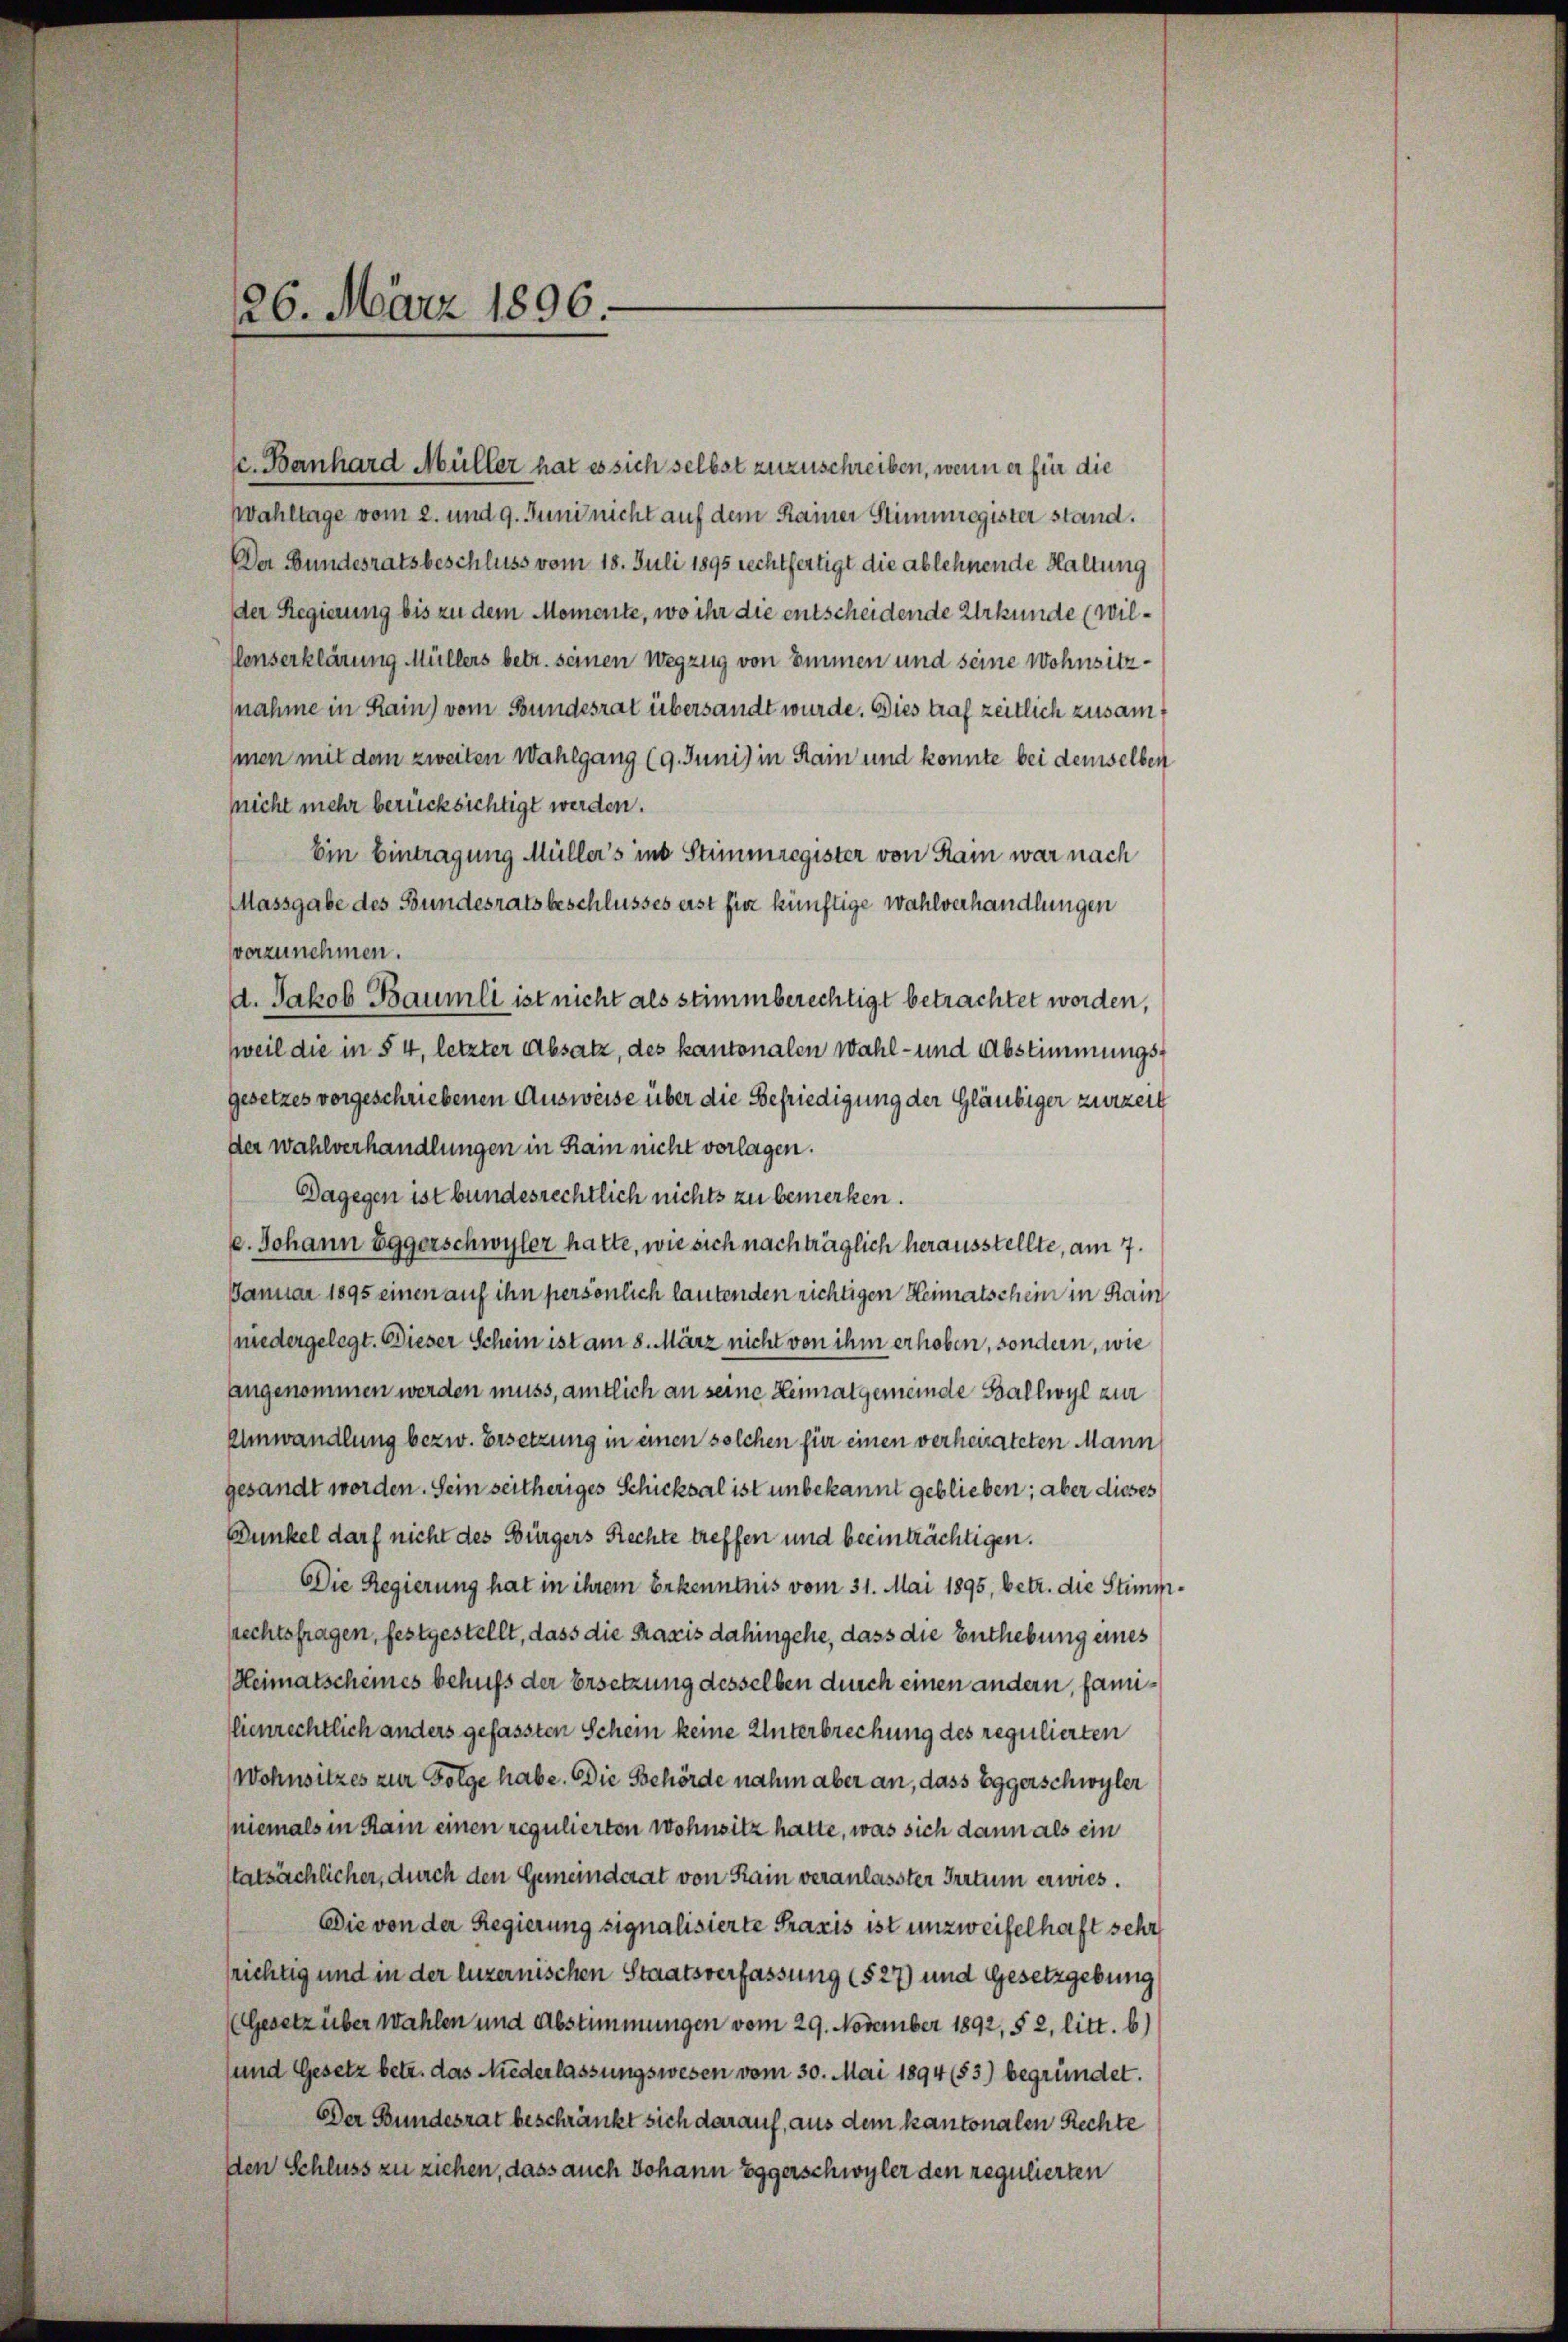
. Banhard Müller hat es sich selbst zuzuschreiben, wenn er für die
Wahltage vom 2. und 9. Juni nicht auf dem Rainer Stimmregister stand.
Der Bundesratsbeschluss vom 18. Juli 1895 rechtfertigt die ablehnende Haltung
der Regierung bis zu dem Momente, wo ihr die entscheidende Urkunde (wil¬
Conserklärung Müllers betr. seinen Wegzug von Immen und seine Wohnsitznahme in Rain) vom Bundesrat übersandt wurde. Dies traf zeitlich zusammen mit dem zweiten Wahlgang (9. Juni) in Rain und konnte bei demselben
nicht mehr berücksichtigt werden.
Ein Eintragung Müller's ins Stimmregisten von Rain war nach
Massgabe des Bundesrats beschlusses erst für künftige Wahlverhandlungen
vorzunehmen.
d. Jakob Baumli ist nicht als stimmberechtigt betrachtet worden,
weil die in § 4, letzter Absatz, des kantonalen Wahl- und Abstimmungsgesetzes vorgeschriebenen Ausweise über die Befriedigung der Gläubiger zurzeit
der Wahlverhandlungen in Rain nicht vorlagen.
Dagegen ist bundesrechtlich nichts zu bemerken.
e. Johann Eggerschwyler hatte, wie sich nachträglich herausstellte, am 7.
Januar 1895 einen auf ihn persönlich lautenden richtigen Heimatschein in Rain
(niedergelegt. Dieser Schein ist am 8. März nicht von ihm erhoben, sondern, wie
angenommen werden muss, amtlich an seine Heimatgemeinde Ballwyl zur
Einwandlung bezw. Ersetzung in einen solchen für einen verheirateten Mann
gesandt worden. Sein seitheriges Schicksal ist unbekannt geblieben; aber dieses
Dunkel darf nicht des Bürgers Rechte treffen und beeinträchtigen.
Die Regierung hat in ihrem Erkenntnis vom 31. Mai 1895, betr. die Stimmsrechtsfragen, festgestellt, dass die Praxis dahingehe, dass die Enthebung eines
Heimatscheines behufs der Ersetzung desselben durch einen andern, familienrechtlich anders gefassten Schein keine Unterbrechung des regulierten
Wohnsitzes zur Folge habe. Die Behörde nahm aber an, dass Eggerschwyler
niemals in Kam einen regulierten Wohnsitz hatte, was sich dann als ein
tatsächlicher, durch den Gemeinderat von Rain veranlasster Irrtum erwies.
Die von der Regierung signalisierte Praxis ist unzweifelhaft sehr
frichtig und in der luzernischen Staatsverfassung (§ 27) und Gesetzgebung
(Gesetz über Wahlen und Abstimmungen vom 29. November 1892, § 2, litt. b)
und Gesetz betr. das Niederlassungswesen vom 30. Mai 1894 (53) begründet.
Der Bundesrat beschränkt sich darauf, aus dem kantonalen Rechte
den Schluss zu ziehen, dass auch Johann Eggerschwyler den regulierten

26. März 1896.